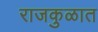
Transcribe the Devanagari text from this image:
राजकुळात